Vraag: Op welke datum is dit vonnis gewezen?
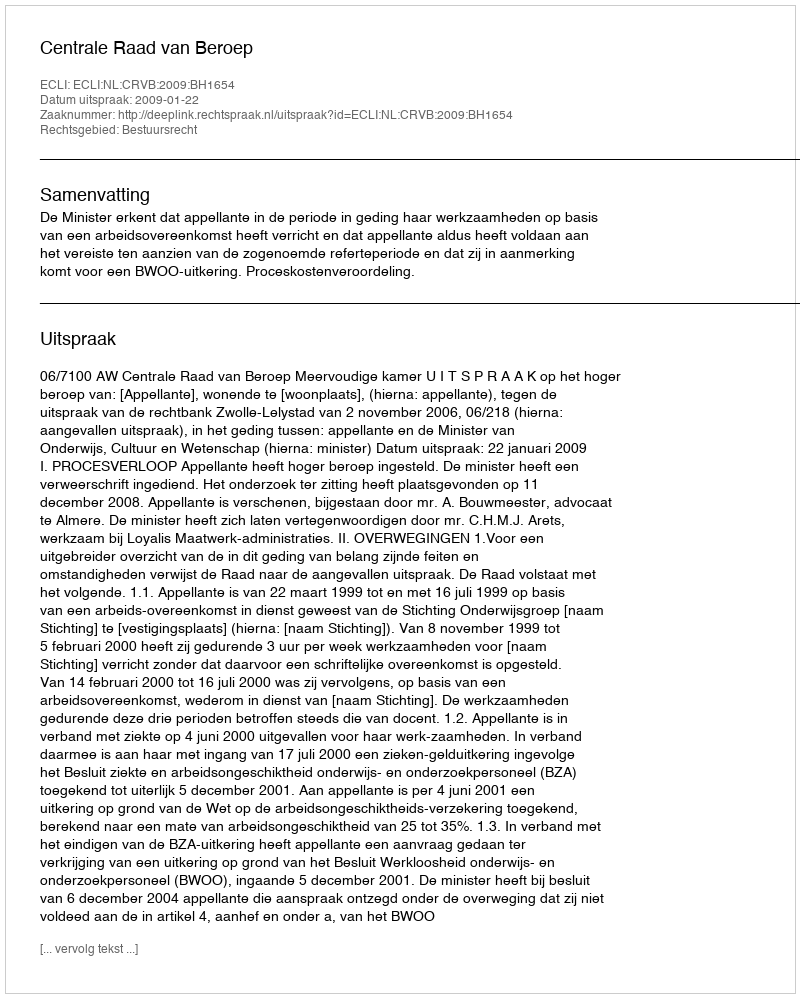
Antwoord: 2009-01-22